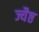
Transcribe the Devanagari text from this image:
ज्यैष्ठ